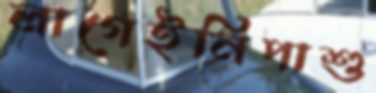
লাগেইনিপাশু